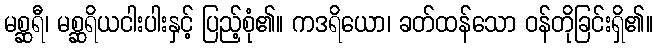
မစ္ဆရီ၊ မစ္ဆရိယငါးပါးနှင့် ပြည့်စုံ၏။ ကဒရိယော၊ ခတ်ထန်သော ဝန်တိုခြင်းရှိ၏။